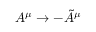
A ^ { \mu } \rightarrow - \tilde { A } ^ { \mu }